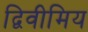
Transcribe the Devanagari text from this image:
द्विवीमिय